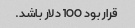
قرار بود 100 دلار باشد.